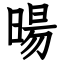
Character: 暘